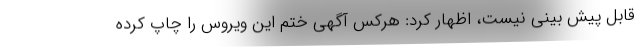
قابل پیش بینی نیست، اظهار کرد: هرکس آگهی ختم این ویروس را چاپ کرده